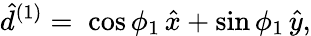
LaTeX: \hat{d}^{(1)}=\; \cos\phi_{1}\, \hat{x}+\sin\phi_{1}\, \hat{y},